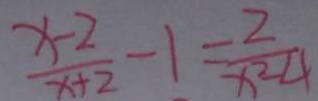
\frac { x - 2 } { x + 2 } - 1 = \frac { 2 } { x ^ { 2 } - 4 }